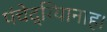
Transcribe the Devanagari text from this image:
पंचेद्रियानाह।